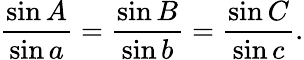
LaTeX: {\frac{\sin A}{\sin a}}={\frac{\sin B}{\sin b}}={\frac{\sin C}{\sin c}}.